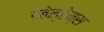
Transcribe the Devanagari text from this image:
डेबेन्हेम्स